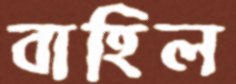
বাহিল